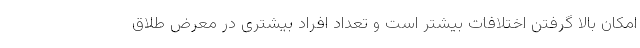
امکان بالا گرفتن اختلافات بیشتر است و تعداد افراد بیشتری در معرض طلاق